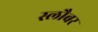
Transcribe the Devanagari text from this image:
स्लौबर